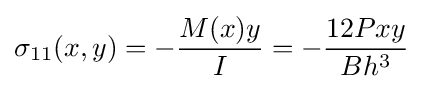
\sigma _{11}(x,y)=-{\frac {M(x)y}{I}}=-{\frac {12Pxy}{Bh^{3}}}